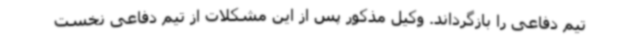
تیم دفاعی را بازگرداند. وکیل مذکور پس از این مشکلات از تیم دفاعی نخست